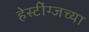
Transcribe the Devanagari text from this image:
हेस्टींग्जच्या